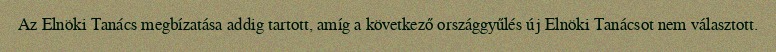
Az Elnöki Tanács megbízatása addig tartott, amíg a következő országgyűlés új Elnöki Tanácsot nem választott.